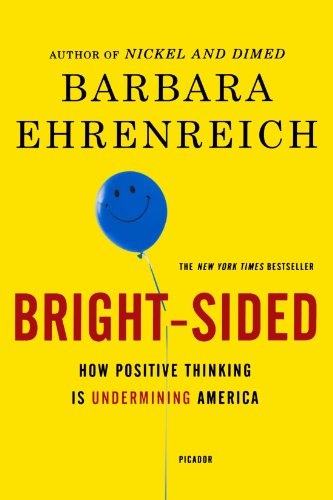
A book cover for Bright-sided: How Positive Thinking Is Undermining America; Barbara Ehrenreich; Politics & Social Sciences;